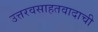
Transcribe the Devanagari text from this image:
उत्तरवसाहतवादाची